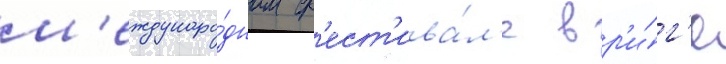
м'еждунаро́дном ф'ест'ива́л'е в р'и́г'е